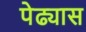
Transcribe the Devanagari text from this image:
पेढ्यास